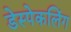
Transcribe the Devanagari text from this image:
डेस्पेकलिंग